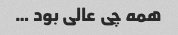
همه چی عالی بود …